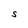
Character: S